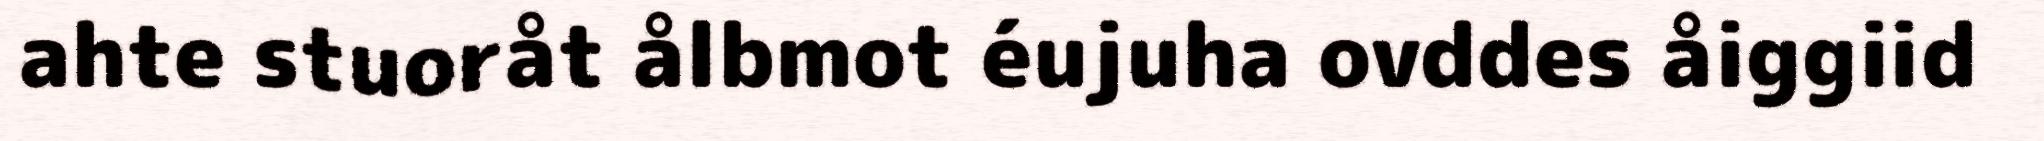
ahte stuoråt ålbmot éujuha ovddes åiggiid